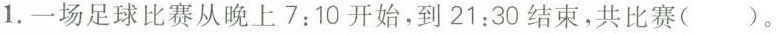
1.一场足球比赛从晚上7:10开始，到21:30结束，共比赛()。